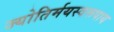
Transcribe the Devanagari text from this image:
ज्योतिर्मयस्वरूपाय